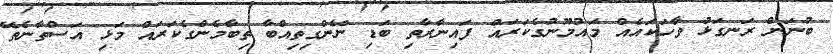
ބުނަން ރަނގަޅު ވާހަކައެއް މައުމޫނުގެކަރައް ފައިނާރާތި ބަޑި ނޭންގިތިއްބާ ތިބާމެންގެކަރައް މަޅި އަސްތާނެތޭ